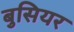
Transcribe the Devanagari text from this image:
बुसियर